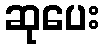
ဆုပေး